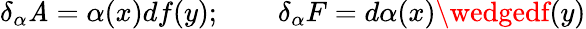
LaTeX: \delta_{\alpha}\mathit{A}=\alpha(x)df(y);\qquad\delta_{\alpha}F=d\alpha(x)\wedgedf(y)